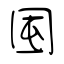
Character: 囤